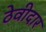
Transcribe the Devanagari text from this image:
ठेवीदार